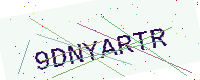
Text: 9DNYARTR